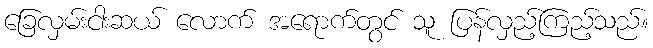
ခြေလှမ်းငါးဆယ် လောက် အရောက်တွင် သူ ပြန်လှည့်ကြည့်သည်။